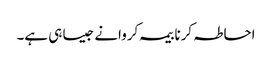
احاطہ کرنا بیمہ کروانے جیسا ہی ہے۔